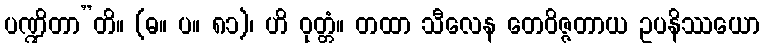
ပဏ္ဍိတာ”တိ။ (ဓ။ ပ။ ၈၁)၊ ဟိ ဝုတ္တံ။ တထာ သီလေန တေဝိဇ္ဇတာယ ဥပနိဿယော